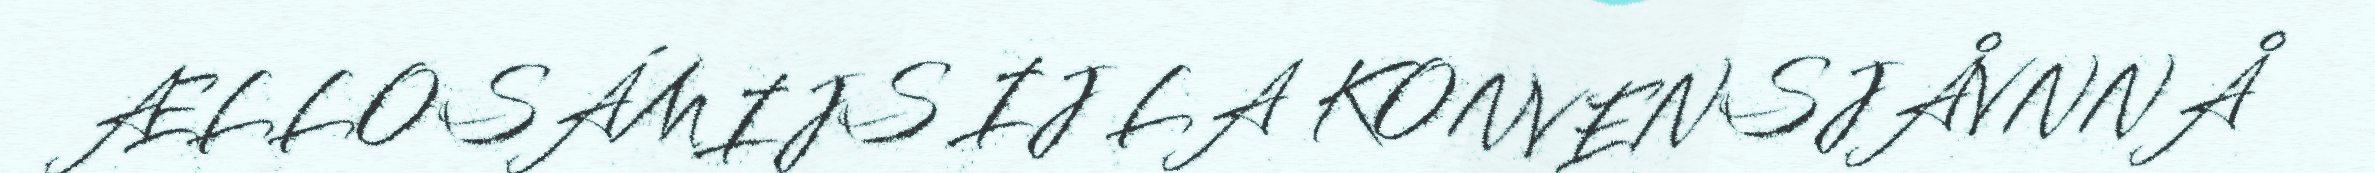
ÆLLOSÁMIJS IJ LA KONVENSJÅVNNÅ